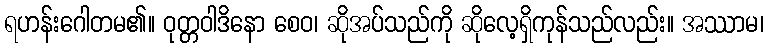
ရဟန်းဂေါတမ၏။ ဝုတ္တဝါဒိနော စေဝ၊ ဆိုအပ်သည်ကို ဆိုလေ့ရှိကုန်သည်လည်း။ အဿာမ၊